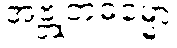
အဗ္ဘုတဓမ္မော